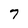
Character: 7